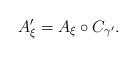
LaTeX: \begin{align*} A_{\xi}' = A_{\xi} \circ C_{\gamma '}.\end{align*}